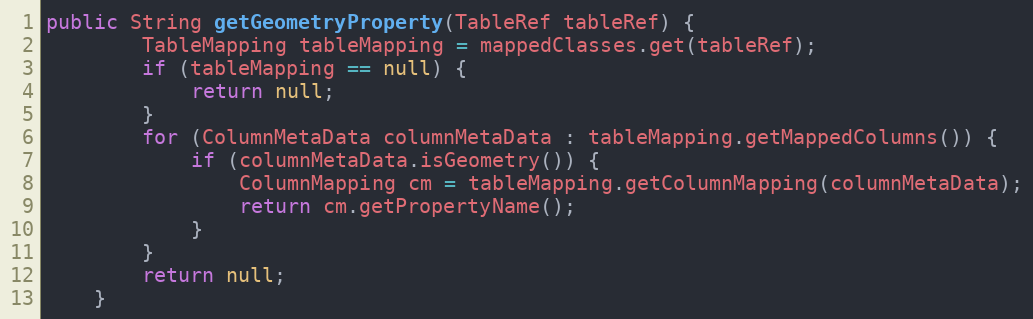
Language: Java
public String getGeometryProperty(TableRef tableRef) {
        TableMapping tableMapping = mappedClasses.get(tableRef);
        if (tableMapping == null) {
            return null;
        }
        for (ColumnMetaData columnMetaData : tableMapping.getMappedColumns()) {
            if (columnMetaData.isGeometry()) {
                ColumnMapping cm = tableMapping.getColumnMapping(columnMetaData);
                return cm.getPropertyName();
            }
        }
        return null;
    }